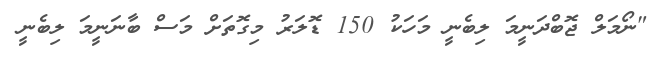
"ނޯމަލް ޖޮބްދަނީމަ ލިބެނީ މަހަކު 150 ޑޮލަރު މިގޮތަށް މަސް ބާނަނީމަ ލިބެނީ